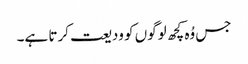
جس وُہ کچھ لوگوں کو ودیعت کرتا ہے۔